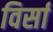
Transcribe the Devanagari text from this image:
विर्सा